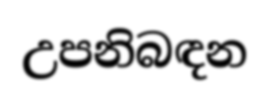
උපනිබඳන